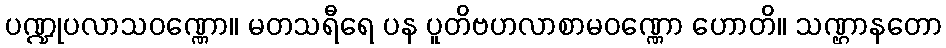
ပဏ္ဍုပလာသဝဏ္ဏော။ မတသရီရေ ပန ပူတိဗဟလာစာမဝဏ္ဏော ဟောတိ။ သဏ္ဌာနတော